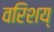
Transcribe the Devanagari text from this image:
वरिशय्